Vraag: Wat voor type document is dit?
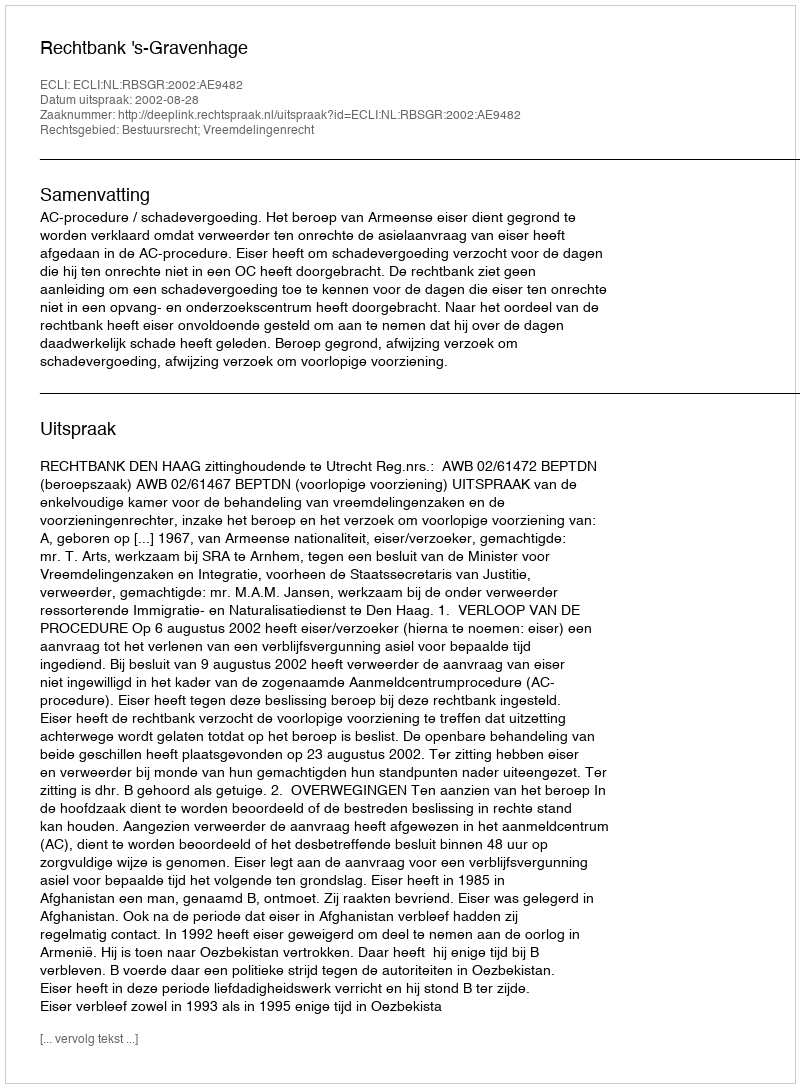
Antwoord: Uitspraak